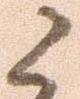
候